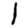
Digit: 1